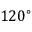
1 2 0 ^ { \circ }